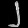
Digit: ၂